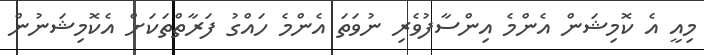
މިއީ އެ ކޮމިޝަން އެންމެ އިންސާފުވެރި ނުވަތަ އެންމެ ހައްގު ފަރާތްތަކަށް އެކޮމިޝަނުން